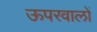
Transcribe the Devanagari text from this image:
ऊपरवालों